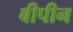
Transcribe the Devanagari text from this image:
बीपीन